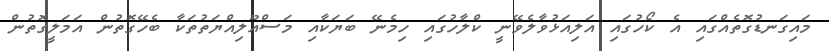
މައިގަނޑުގޮތެއްގައި އެ ކޯހުގައި އަލިއަޅުވާލެވޭނީ ކްލާހުގައި ހިމެނޭ ބަޔަކާއި މަސްއޫލިއްޔަތުތަކާ ބެހޭގޮތުން އަމަލީގޮތުން